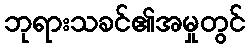
ဘုရားသခင်၏အမှုတွင်